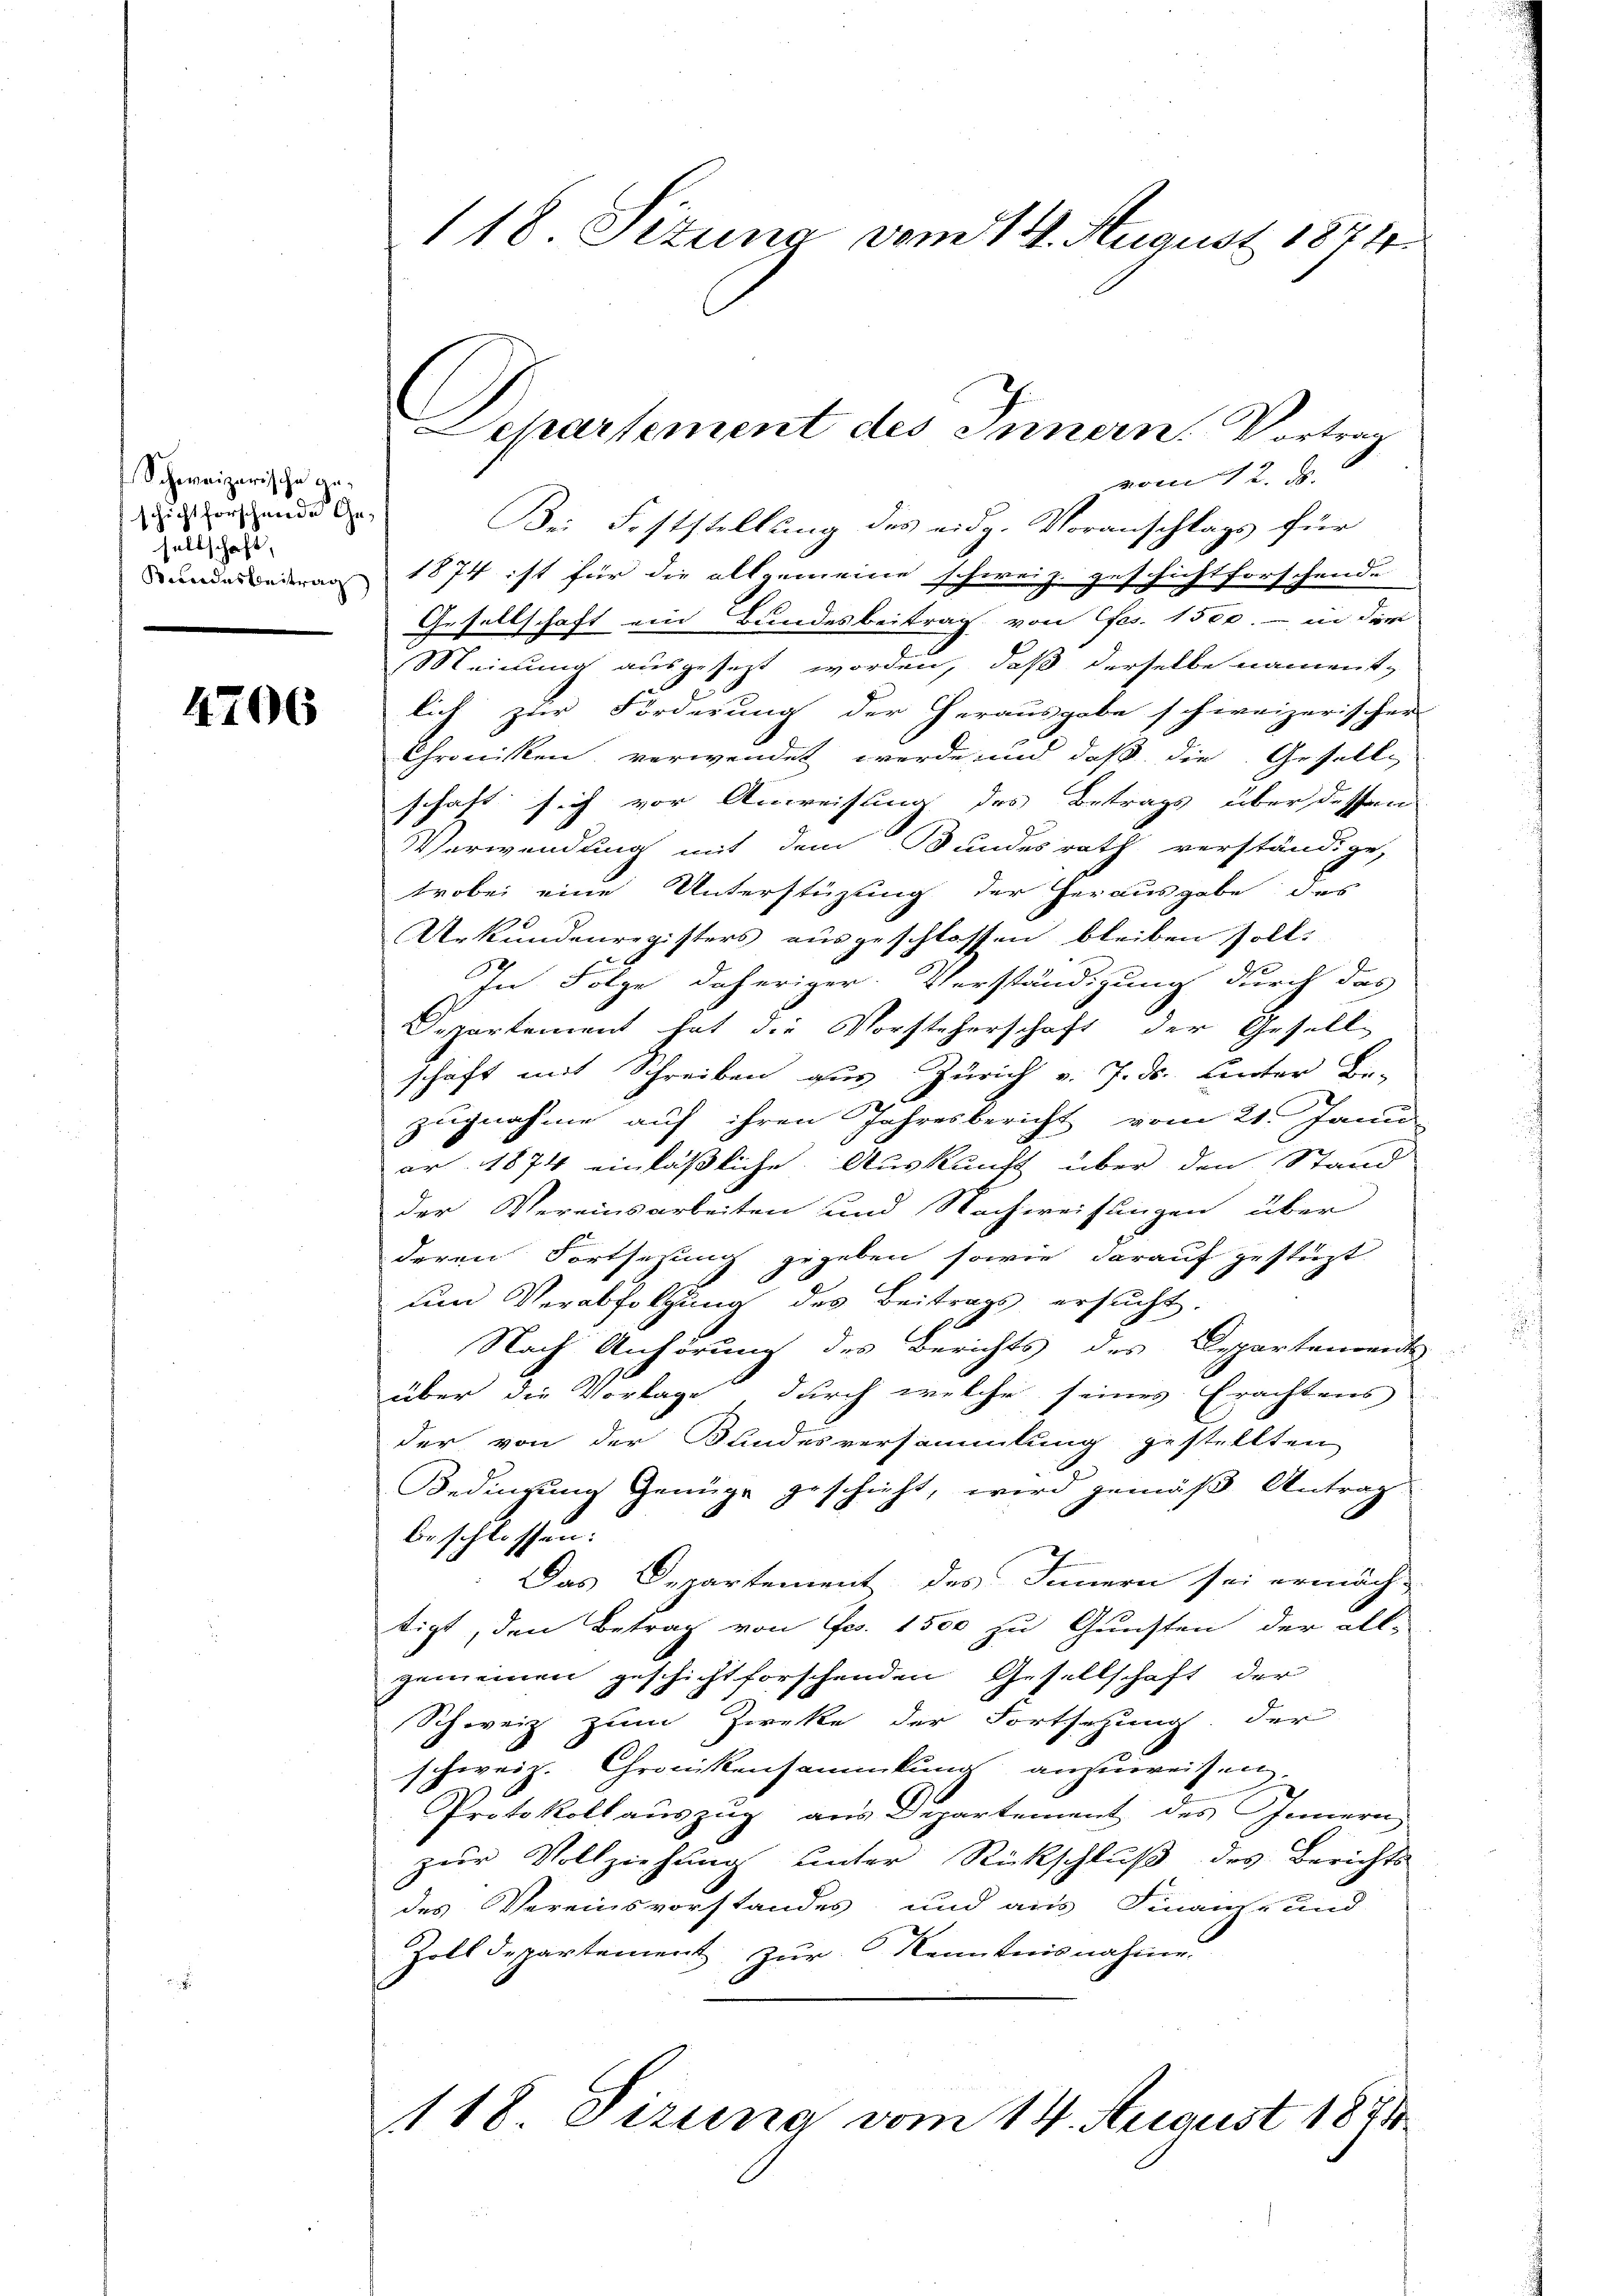
Schweizerische geschicht forschende Gesellschaft,

4706

118. Situng vom 14. August 1844

Departement des Innern Vortrag

vom 12. d.
Bei Feststellung des eidg. Voranschlags für
Dundarbeitrag 1874 ist für die allgemeine schweiz. geschichtforschende
Gesellschaft ein Bundesbeitrag, von fes. 1500.- in der
Meinung ausgesezt worden, daß derselbe namentlich zur Forderung der herausgabe schweizerischer
Chronisten verwendet werde und daß die Gesell
schaft sich vor Anweisung des Betrags über dessen
Verwendung mit dem Bundesrath verständige,
trobei eine Unterstüzung der herausgabe des
Arkundenregisters ausgeschlossen bleiben soll.
2
In Folge daheriger Verständigung durch das
Separtement hat die Vorsteherschaft der Gesell
schaft mit Schreiben aus Zürich v. 7. ds. Hinter Be-
zugnahme auf ihren Jahresbericht vom 21. Janu
ar 1874 einlässliche Auskunft über den Stand
der Vereinsarbeiten und Nachweisungen über
deren Fortsetzung gegeben sowie darauf gestüzt
um Verabfolgung des Beitrags ersucht.
Nach Anhörung des Berichts des Departenannte
über die Vorlage durch welche seines Erachtens
der von der Bundesversammlung gestellten
Bedingung Genüge geschieht, wird gemäß Antrag
beschlossen:
Das Departement des Innern sei ermäch-
tigt, den Betrag von Fr. 1500 zu Gunsten der all-
gemeinen geschicht forschenden Gesellschaft der
Schweiz zum Zwecke der Fortsetzung der
schweiz. Gronikensammlung anzuweisen.
Protokoll auszug aus Departement des Innern
zur Vollziehung unter Rückschluß des Berichts
des Vereinsvorstandes und aus Finanz- und
Zolldepartement zur Kenntnisnahme.
118 Sizung vom 14. August 1881